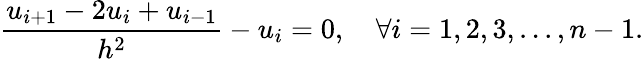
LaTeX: {\frac{u_{i+1}-2u_{i}+u_{i-1}}{h^{2}}}-u_{i}=0,\quad\forall i={1,2,3,...,n-1}.